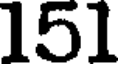
151